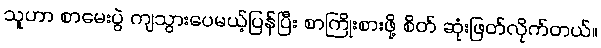
သူဟာ စာမေးပွဲ ကျသွားပေမယ့်ပြန်ပြီး စာကြိုးစားဖို့ စိတ် ဆုံးဖြတ်လိုက်တယ်။